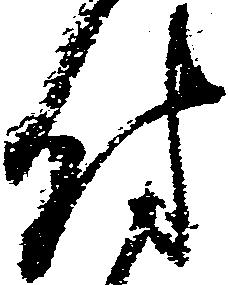
付